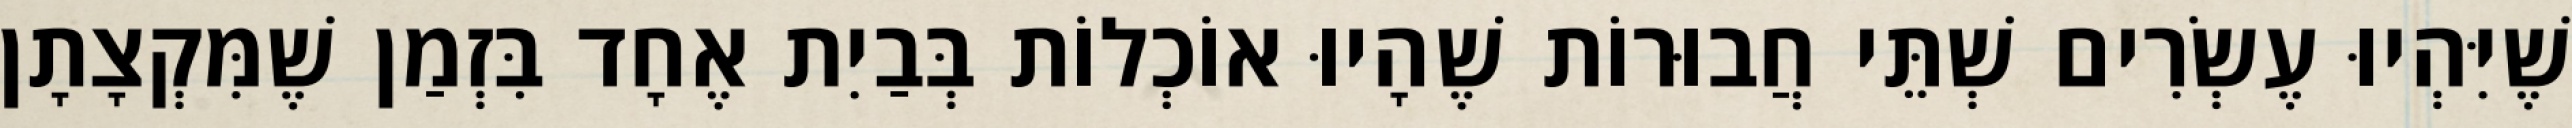
שֶׁיִּהְיוּ עֶשְׂרִים שְׁתֵּי חֲבוּרוֹת שֶׁהָיוּ אוֹכְלוֹת בְּבַיִת אֶחָד בִּזְמַן שֶׁמִּקְצָתָן